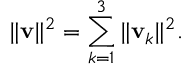
\| \mathbf { v } \| ^ { 2 } = \sum _ { k = 1 } ^ { 3 } \| \mathbf { v } _ { k } \| ^ { 2 } .